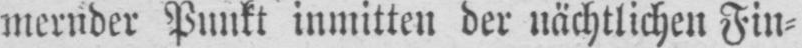
Punkt inmitten der nächtlichen Fin⸗